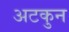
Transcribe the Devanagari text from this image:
अटकुन